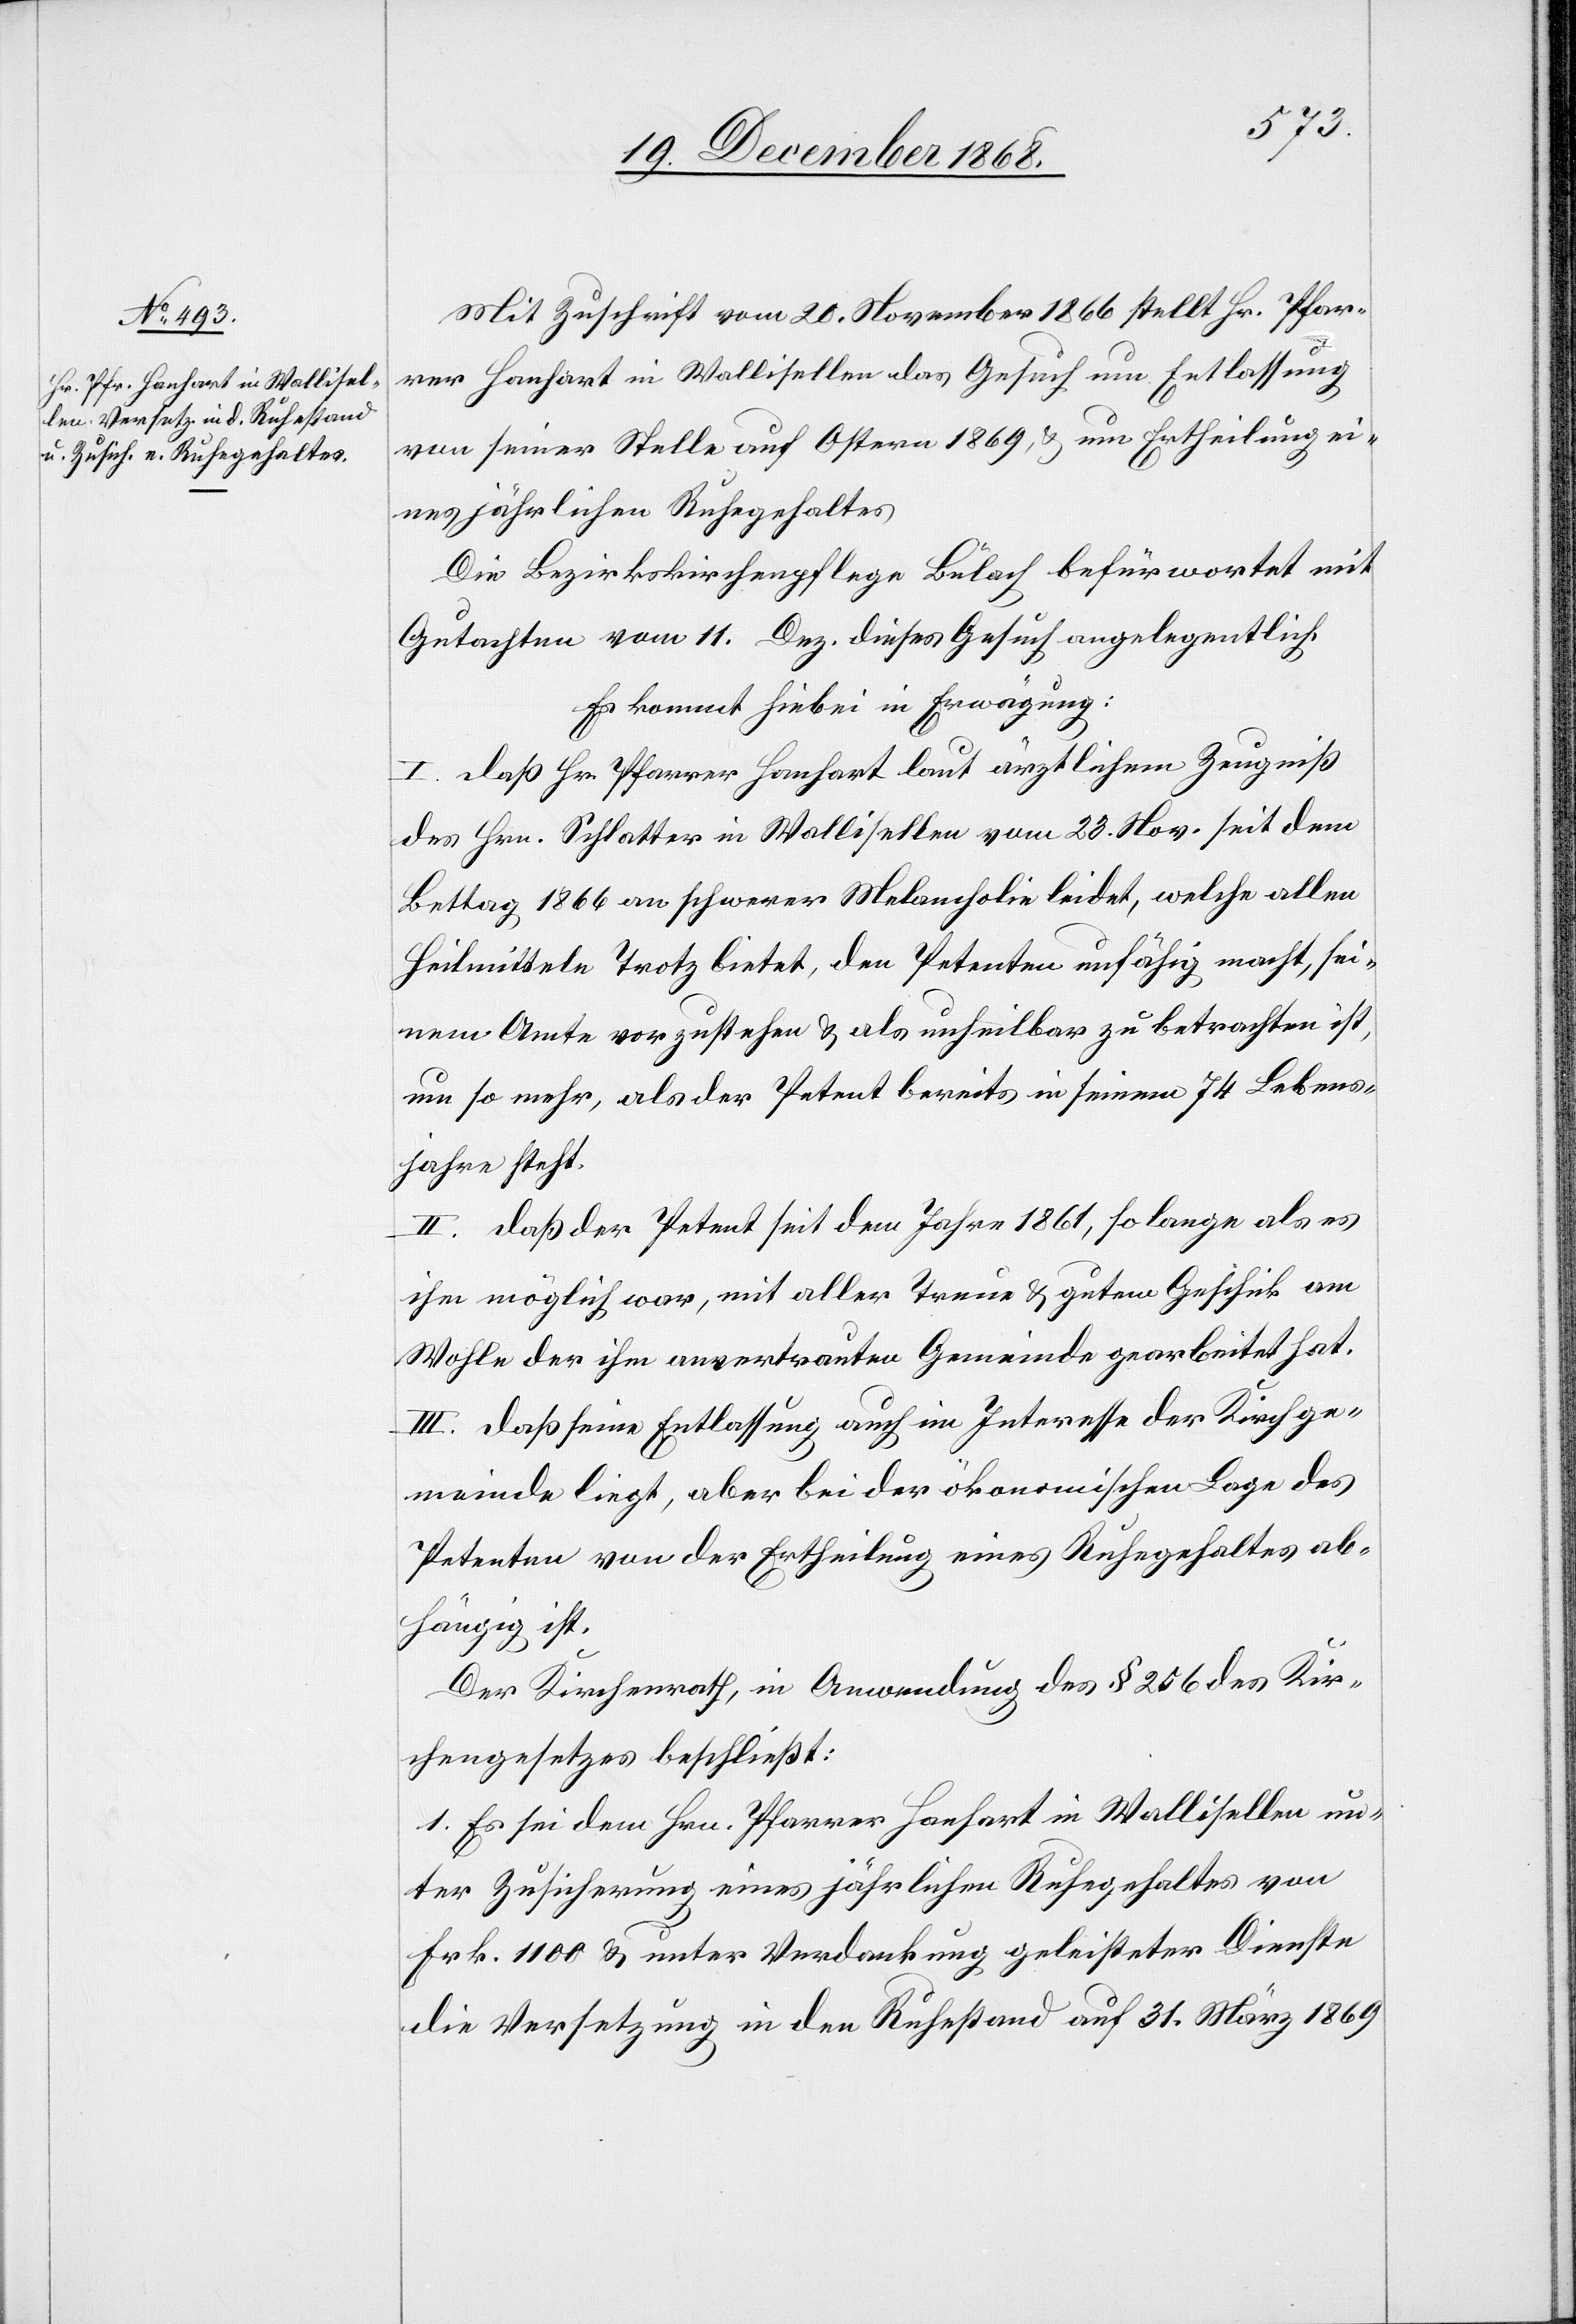
Mit Zuschrift vom 20. November 1866 stellt Hr. Pfar¬
rer Hanhart in Wallisellen das Gesuch um Entlassung
von seiner Stelle auf Ostern 1869, & um Ertheilung ei¬
nes jährlichen Ruhegehaltes.
Die Bezirkskirchenpflege Bülach befürwortet mit
Gutachten vom 11. Dez. dieses Gesuch angelegentlich.
Es kommt hiebei in Erwägung:
I. daß Hr. Pfarrer Hanhart laut ärztlichem Zeugniß
des Hrn. Schlatter in Wallisellen vom 23. Nov. seit dem
Bettag 1866 an schwerer Melancholie leidet, welche allen
Heilmitteln Trotz bietet, den Petenten unfähig macht, sei¬
nem Amte vorzustehen & als unheilbar zu betrachten ist,
um so mehr, als der Petent bereits in seinem 74 Lebens¬
jahre steht.
II. daß der Petent seit dem Jahre 1861, so lange als es
ihm möglich war, mit aller Treue & gutem Geschick am
Wohle der ihm anvertrauten Gemeinde gearbeitet hat.
III. daß seine Entlassung auch im Interesse der Kirchge¬
meinde liegt, aber bei der ökonomischen Lage des
Petenten von der Ertheilung eines Ruhegehaltes ab¬
hängig ist.
Der Kirchenrath, in Anwendung des § 256 des Kir¬
chengesetzes beschließt:
1. Es sei dem Hrn. Pfarrer Hanhart in Wallisellen un¬
ter Zusicherung eines jährlichen Ruhegehaltes von
Frk. 1100 & unter Verdankung geleisteter Dienste
die Versetzung in den Ruhestand auf 31. März 1869